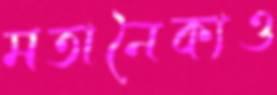
মতানৈক্যও